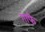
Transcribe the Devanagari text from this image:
गाफे